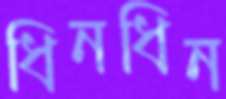
ধিনধিন